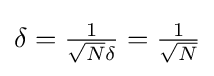
{\textstyle \delta ={\tfrac {1}{{\sqrt {N}}\delta }}={\tfrac {1}{\sqrt {N}}}}